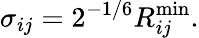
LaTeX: \sigma_{ij}=2^{-1/6}R_{ij}^{\mathrm{min}}.